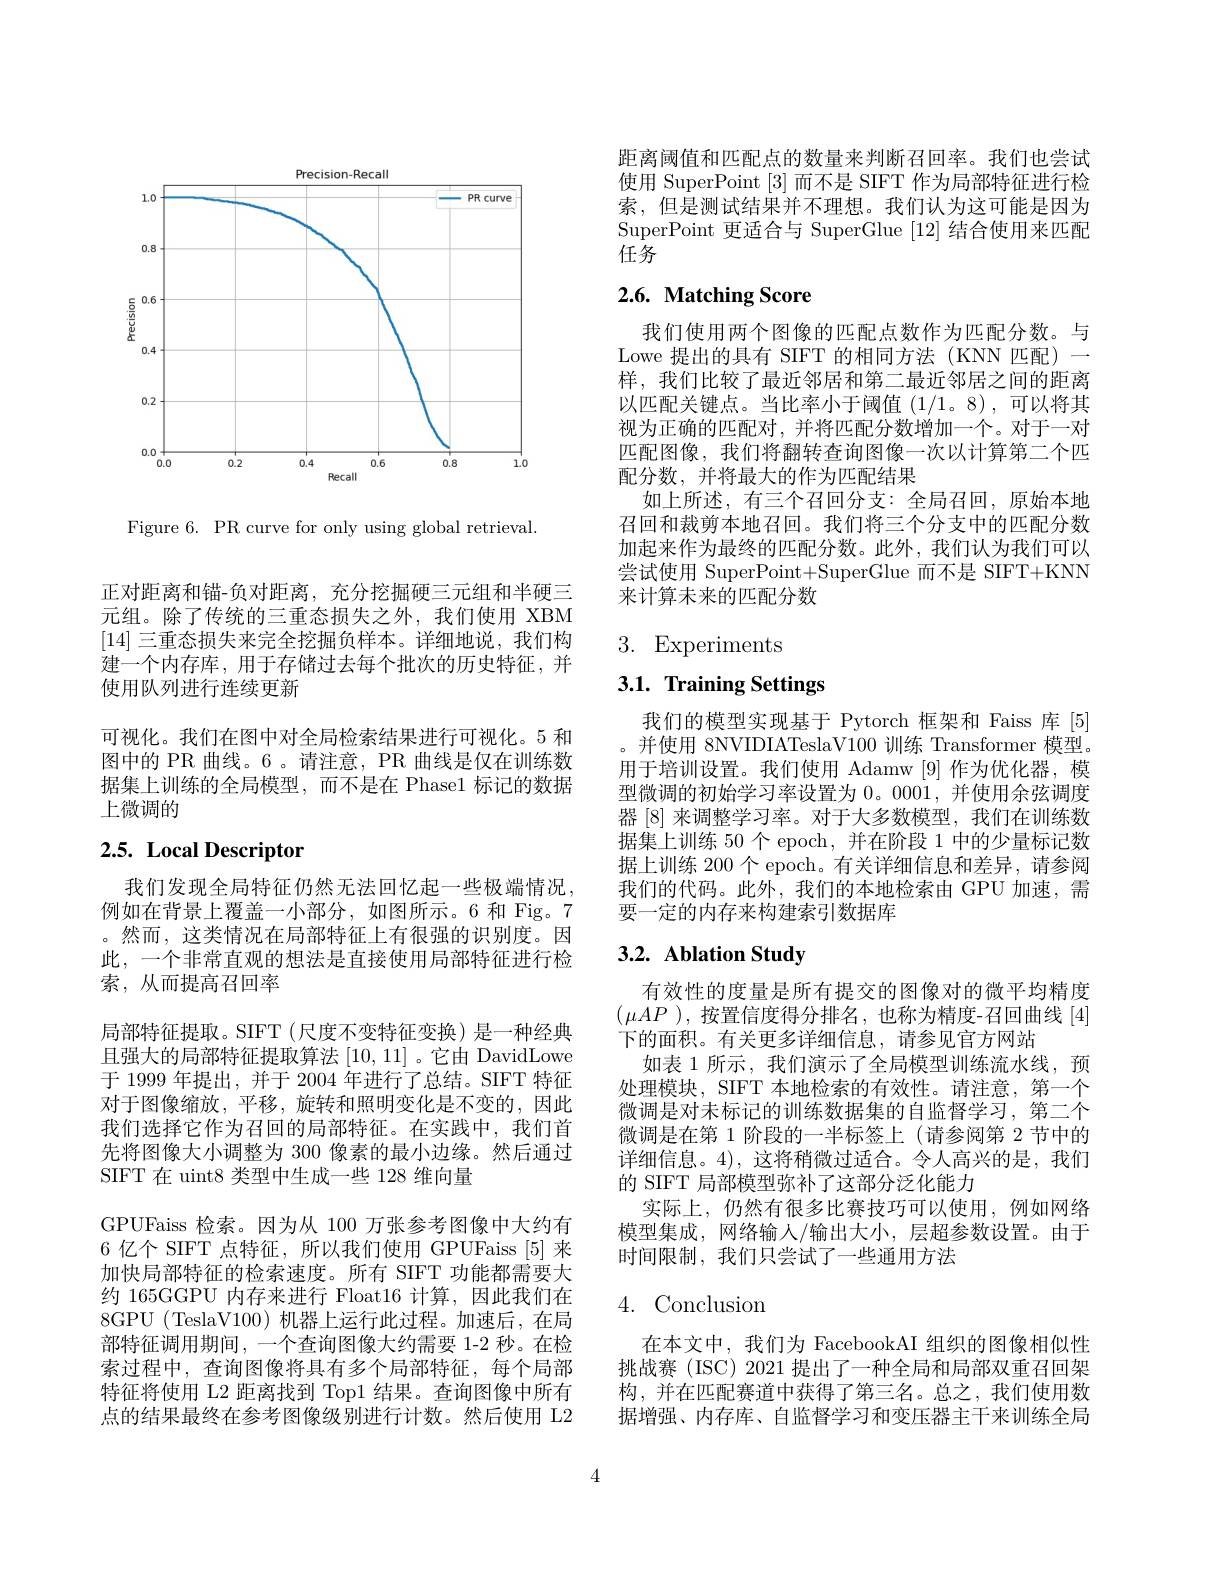
<FigureHere>

Figure 6. PR curve for only using global retrieval.

正对距离和锚-负对距离，充分挖掘硬三元组和半硬三元组。除了传统的三重态损失之外，我们使用 XBM [14]三重态损失来完全挖掘负样本。详细地说，我们构建一个内存库，用于存储过去每个批次的历史特征，并使用队列进行连续更新

可视化。我们在图中对全局检索结果进行可视化。5 和图中的 PR 曲线。6 。请注意，PR 曲线是仅在训练数据集上训练的全局模型，而不是在 Phase1 标记的数据上微调的

# 2.5. Local Descriptor

我们发现全局特征仍然无法回忆起一些极端情况， 例如在背景上覆盖一小部分，如图所示。6 和 Fig。7 。然而，这类情况在局部特征上有很强的识别度。因此，一个非常直观的想法是直接使用局部特征进行检索，从而提高召回率
局部特征提取。SIFT (尺度不变特征变换) 是一种经典且强大的局部特征提取算法[10,11] 。它由 DavidLowe 于 1999 年提出，并于 2004 年进行了总结。SIFT 特征对于图像缩放，平移，旋转和照明变化是不变的，因此我们选择它作为召回的局部特征。在实践中，我们首先将图像大小调整为 300 像素的最小边缘。然后通过SIFT 在 uint8 类型中生成一些 128 维向量
GPUFaiss 检索。因为从 100 万张参考图像中大约有6 亿个 SIFT 点特征，所以我们使用 GPUFaiss [5] 来加快局部特征的检索速度。所有 SIFT 功能都需要大约 165GGPU 内存来进行 Float16 计算，因此我们在8GPU (TeslaV100)机器上运行此过程。加速后，在局部特征调用期间，一个查询图像大约需要 1-2 秒。在检索过程中，查询图像将具有多个局部特征，每个局部特征将使用 L2 距离找到 Top1 结果。查询图像中所有点的结果最终在参考图像级别进行计数。然后使用 L2

距离阈值和匹配点的数量来判断召回率。我们也尝试使用 SuperPoint [3] 而不是 SIFT 作为局部特征进行检索，但是测试结果并不理想。我们认为这可能是因为SuperPoint 更适合与 SuperGlue [12]结合使用来匹配任务

# 2.6. Matching Score

我们使用两个图像的匹配点数作为匹配分数。与Lowe 提出的具有 SIFT 的相同方法 (KNN 匹配)一样，我们比较了最近邻居和第二最近邻居之间的距离以匹配关键点。当比率小于阈值(1/1。8),可以将其视为正确的匹配对，并将匹配分数增加一个。对于一对匹配图像，我们将翻转查询图像一次以计算第二个匹配分数，并将最大的作为匹配结果
如上所述，有三个召回分支：全局召回，原始本地召回和裁剪本地召回。我们将三个分支中的匹配分数加起来作为最终的匹配分数。此外，我们认为我们可以尝试使用 SuperPoint+SuperGlue 而不是 SIFT+KNN 来计算未来的匹配分数

# 3. Experiments

# 3.1. Training Settings

我们的模型实现基于 Pytorch 框架和 Faiss 库[5] 。并使用 8NVIDIATeslaV100 训练 Transformer 模型用于培训设置。我们使用 Adamw [9]作为优化器，模型微调的初始学习率设置为0。0001,并使用余弦调度器 [8] 来调整学习率。对于大多数模型，我们在训练数据集上训练 50 个 epoch, 并在阶段 1 中的少量标记数据上训练 200 个 epoch。有关详细信息和差异，请参阅我们的代码。此外，我们的本地检索由 GPU 加速，需要一定的内存来构建索引数据库

# 3.2. Ablation Study

有效性的度量是所有提交的图像对的微平均精度$(\mu AP)$,按置信度得分排名，也称为精度-召回曲线 [4] 下的面积。有关更多详细信息，请参见官方网站
如表 1 所示 , 我们演示了全局模型训练流水线，预处理模块，SIFT 本地检索的有效性。请注意，第一个微调是对未标记的训练数据集的自监督学习，第二个微调是在第 1 阶段的一半标签上(请参阅第 2 节中的详细信息。4), 这将稍微过适合。令人高兴的是，我们的 SIFT 局部模型弥补了这部分泛化能力
实际上，仍然有很多比赛技巧可以使用，例如网络模型集成，网络输入/输出大小，层超参数设置。由于时间限制，我们只尝试了一些通用方法

# 4. Conclusion

在本文中，我们为 FacebookAI 组织的图像相似性挑战赛 (ISC) 2021 提出了一种全局和局部双重召回架构，并在匹配赛道中获得了第三名。总之，我们使用数据增强、内存库、自监督学习和变压器主干来训练全局

4